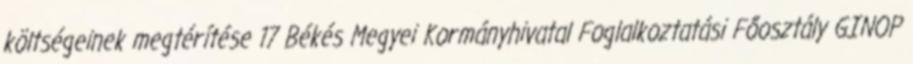
költségeinek megtérítése 17 Békés Megyei Kormányhivatal Foglalkoztatási Főosztály GINOP